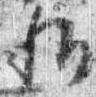
称